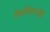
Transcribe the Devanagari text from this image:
विद्यापिठामध्येही